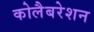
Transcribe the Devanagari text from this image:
कोलैबरेशन